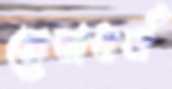
সেবাধর্ম